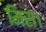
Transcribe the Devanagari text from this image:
मिस।